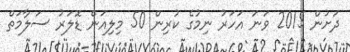
ދަށުން 2015 ވަނަ އަހަރު ނިމުގެ ކުރިން 50 މިލިއަން ޑޮލަރު ސަލާމަތް